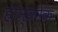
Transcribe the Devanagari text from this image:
हान्कोक